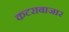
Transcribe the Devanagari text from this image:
कटराबाजार